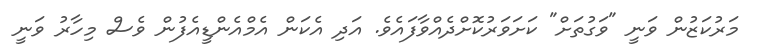
މަރުކަޒުން ވަނީ "ވަގުތަށް" ކަށަވަރުކޮށްދެއްވާފައެވެ. އަދި އެކަން އެމްއެންޑީއެފުން ވެސް މިހާރު ވަނީ